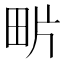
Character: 𤰽